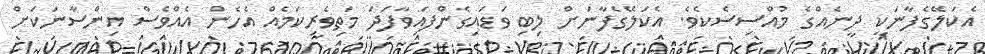
އެކަލޭގެފާނަކީ ދީނެއްގެ މުއްސިސެކެވެ. އެކަލޭގެފާނަށް ލިބި ވަޑައިގެންފައިވާފަދަ މަތިވެރިކަމެއް އެހެން އެއްވެސް އިންސާނަކަށް